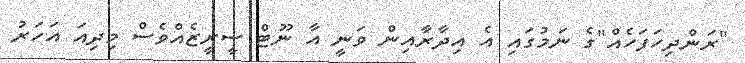
"ރަންދިހަފަހެއް"ގެ ނަމުގައި އެ އިދާރާއިން ވަނީ އާ ނޫޓް ސީރީޒެއްވެސް މިދިއަ އަހަރު